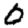
Digit: 0